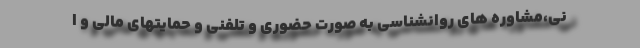
نی،مشاوره های روانشناسی به صورت حضوری و تلفنی و حمایتهای مالی و ا